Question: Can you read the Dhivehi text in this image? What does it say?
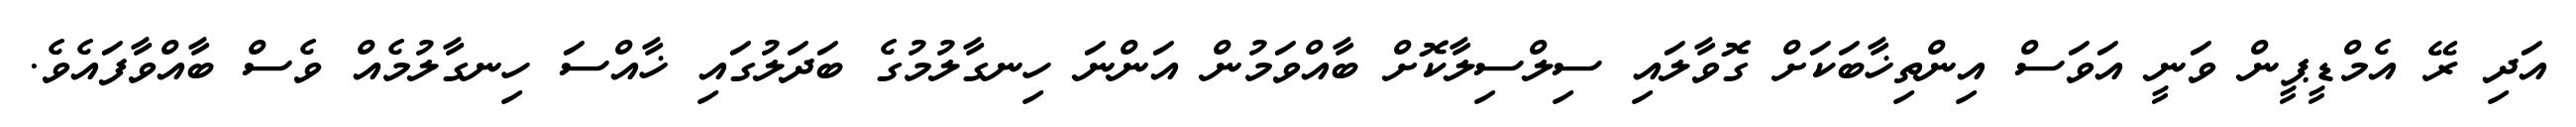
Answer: އަދި ރޭ އެމްޑީޕީން ވަނީ އަވަސް އިންތިޚާބަކަށް ގޮވާލައި ސިލްސިލާކޮށް ބާއްވަމުން އަންނަ ހިނގާލުމުގެ ބަދަލުގައި ޚާއްސަ ހިނގާލުމެއް ވެސް ބާއްވާފައެވެ.